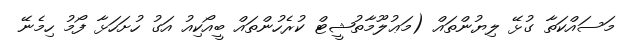
މަސައްކަތާ ގުޅޭ ލިޔުންތައް (މަޢުލޫމާތުޝީޓް ކުރެހުންތައް ބީއޯކިއު އަގު ހުށަހަޅާ ފޯމު ހިމެނޭ